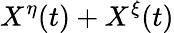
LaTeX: X^{\eta}(t)+X^{\xi}(t)